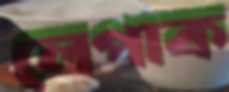
লেপাক